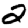
Digit: 2